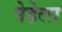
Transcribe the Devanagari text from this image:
पेहेला